Rangoon Lunatic Asylum 1878-1892 - 1878-1892
Year: 1878
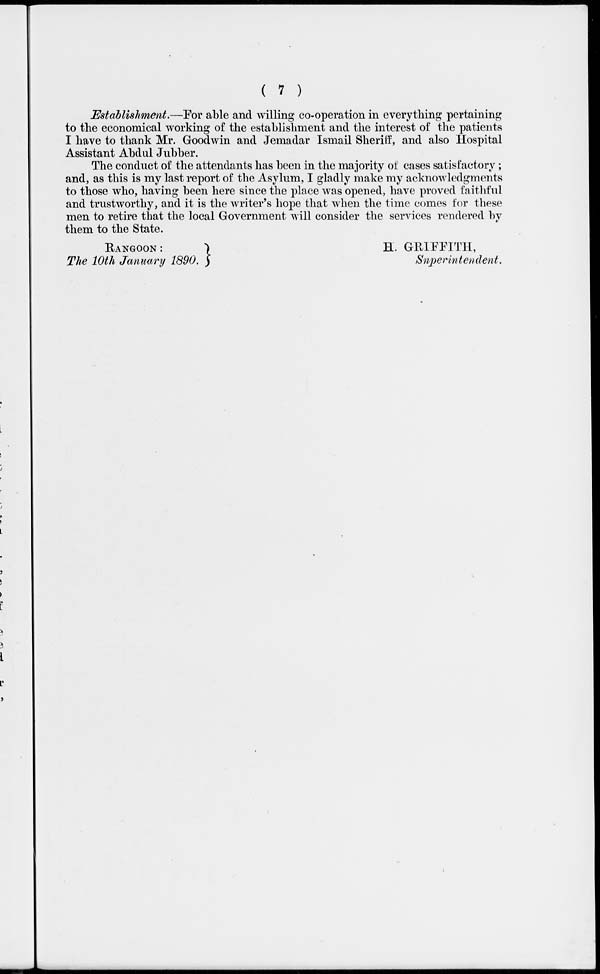
( 7 )
Establishment.—For able and willing co-operation in everything pertaining
to the economical working of the establishment and the interest of the patients
I have to thank Mr. Goodwin and Jemadar Ismail Sheriff, and also Hospital
Assistant Abdul Jubber.
The conduct of the attendants has been in the majority of cases satisfactory ;
and, as this is my last report of the Asylum, I gladly make my acknowledgments
to those who, having been here since the place was opened, have proved faithful
and trustworthy, and it is the writer's hope that when the time comes for these
men to retire that the local Government will consider the services rendered by
them to the State.
RANGOON :
The 10th January 1890.
H. GRIFFITH,
Superintendent.